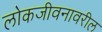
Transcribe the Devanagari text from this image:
लोकजीवनावरील